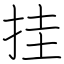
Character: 挂